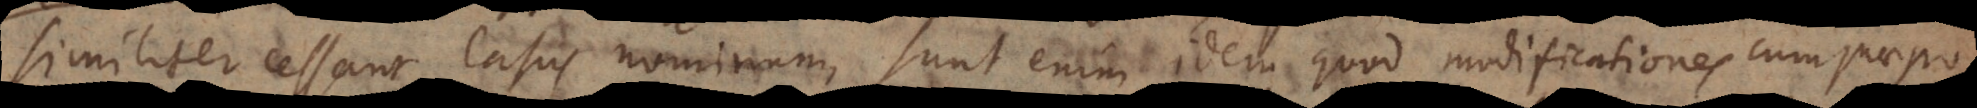
In cessant Casus nominum, sunt enim idem quod modificationes cum praepo